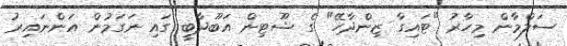
ސަލްމާން މިހާރު "ޓައިގާ ޒިންދާހޭ" ގެ ޝޫޓިން އަބޫދާބީ ގައި ނަގަމުން އަންނައިރު